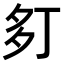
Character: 𫯍